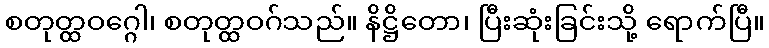
စတုတ္ထဝဂ္ဂေါ၊ စတုတ္ထဝဂ်သည်။ နိဋ္ဌိတော၊ ပြီးဆုံးခြင်းသို့ ရောက်ပြီ။